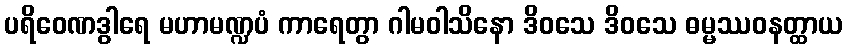
ပရိဝေဏဒွါရေ မဟာမဏ္ဍပံ ကာရေတွာ ဂါမဝါသိနော ဒိဝသေ ဒိဝသေ ဓမ္မဿဝနတ္ထာယ